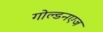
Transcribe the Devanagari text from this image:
गोल्डनएज